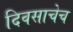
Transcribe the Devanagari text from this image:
दिवसाचेच